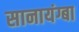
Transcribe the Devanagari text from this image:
सानायंग्बा